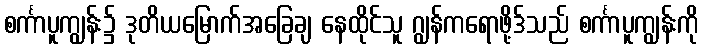
စင်္ကာပူကျွန်း၌ ဒုတိယမြောက်အခြေချ နေထိုင်သူ ဂျွန်ကရောဖို့ဒ်သည် စင်္ကာပူကျွန်းကို